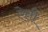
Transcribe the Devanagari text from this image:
ऐती